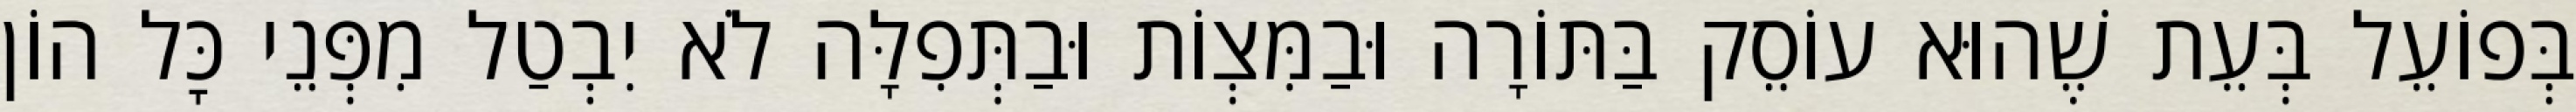
בְּפוֹעֵל בְּעֵת שֶׁהוּא עוֹסֵק בַּתּוֹרָה וּבַמִּצְוֹת וּבַתְּפִלָּה לֹא יִבְטַל מִפְּנֵי כׇּל הוֹן